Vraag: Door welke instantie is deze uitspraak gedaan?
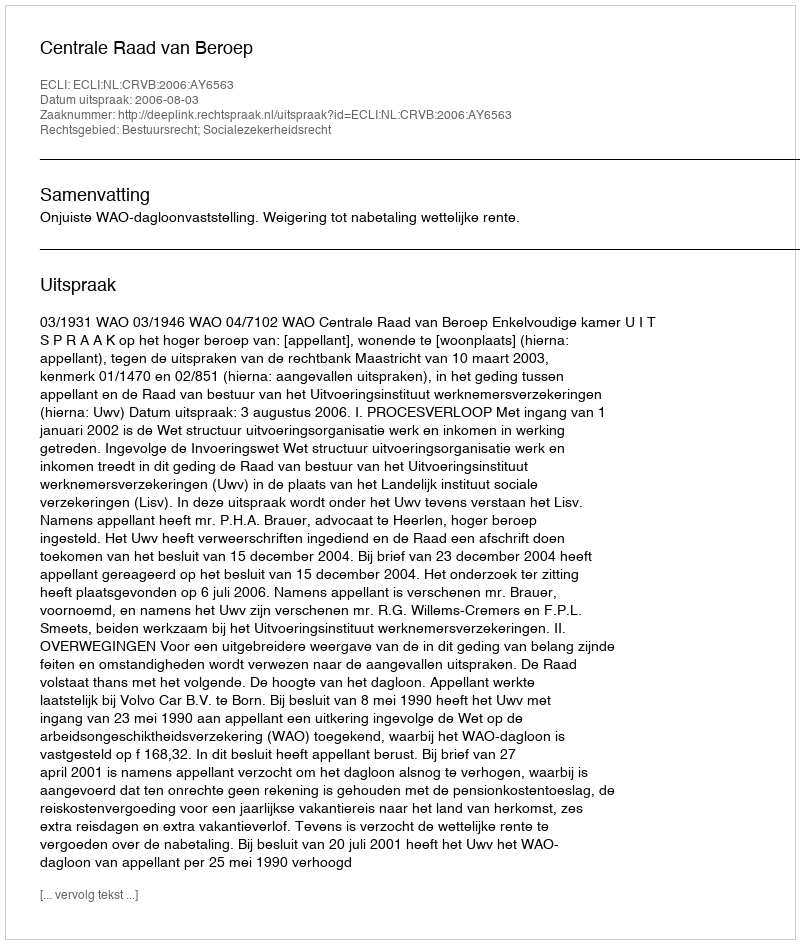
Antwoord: Centrale Raad van Beroep